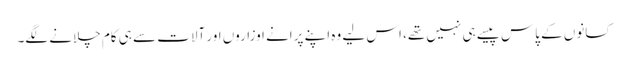
کسانوں کے پاس پیسے ہی نہیں تھے، اس لیے وہ اپنے پرانے اوزاروں اور آلات سے ہی کام چلانے لگے۔